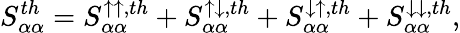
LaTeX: {S_{\alpha\alpha}^{th}=S_{\alpha\alpha}^{\uparrow\uparrow,th}+S_{\alpha\alpha}^{\uparrow\downarrow,th}+S_{\alpha\alpha}^{\downarrow\uparrow,th}+S_{\alpha\alpha}^{\downarrow\downarrow,th}},